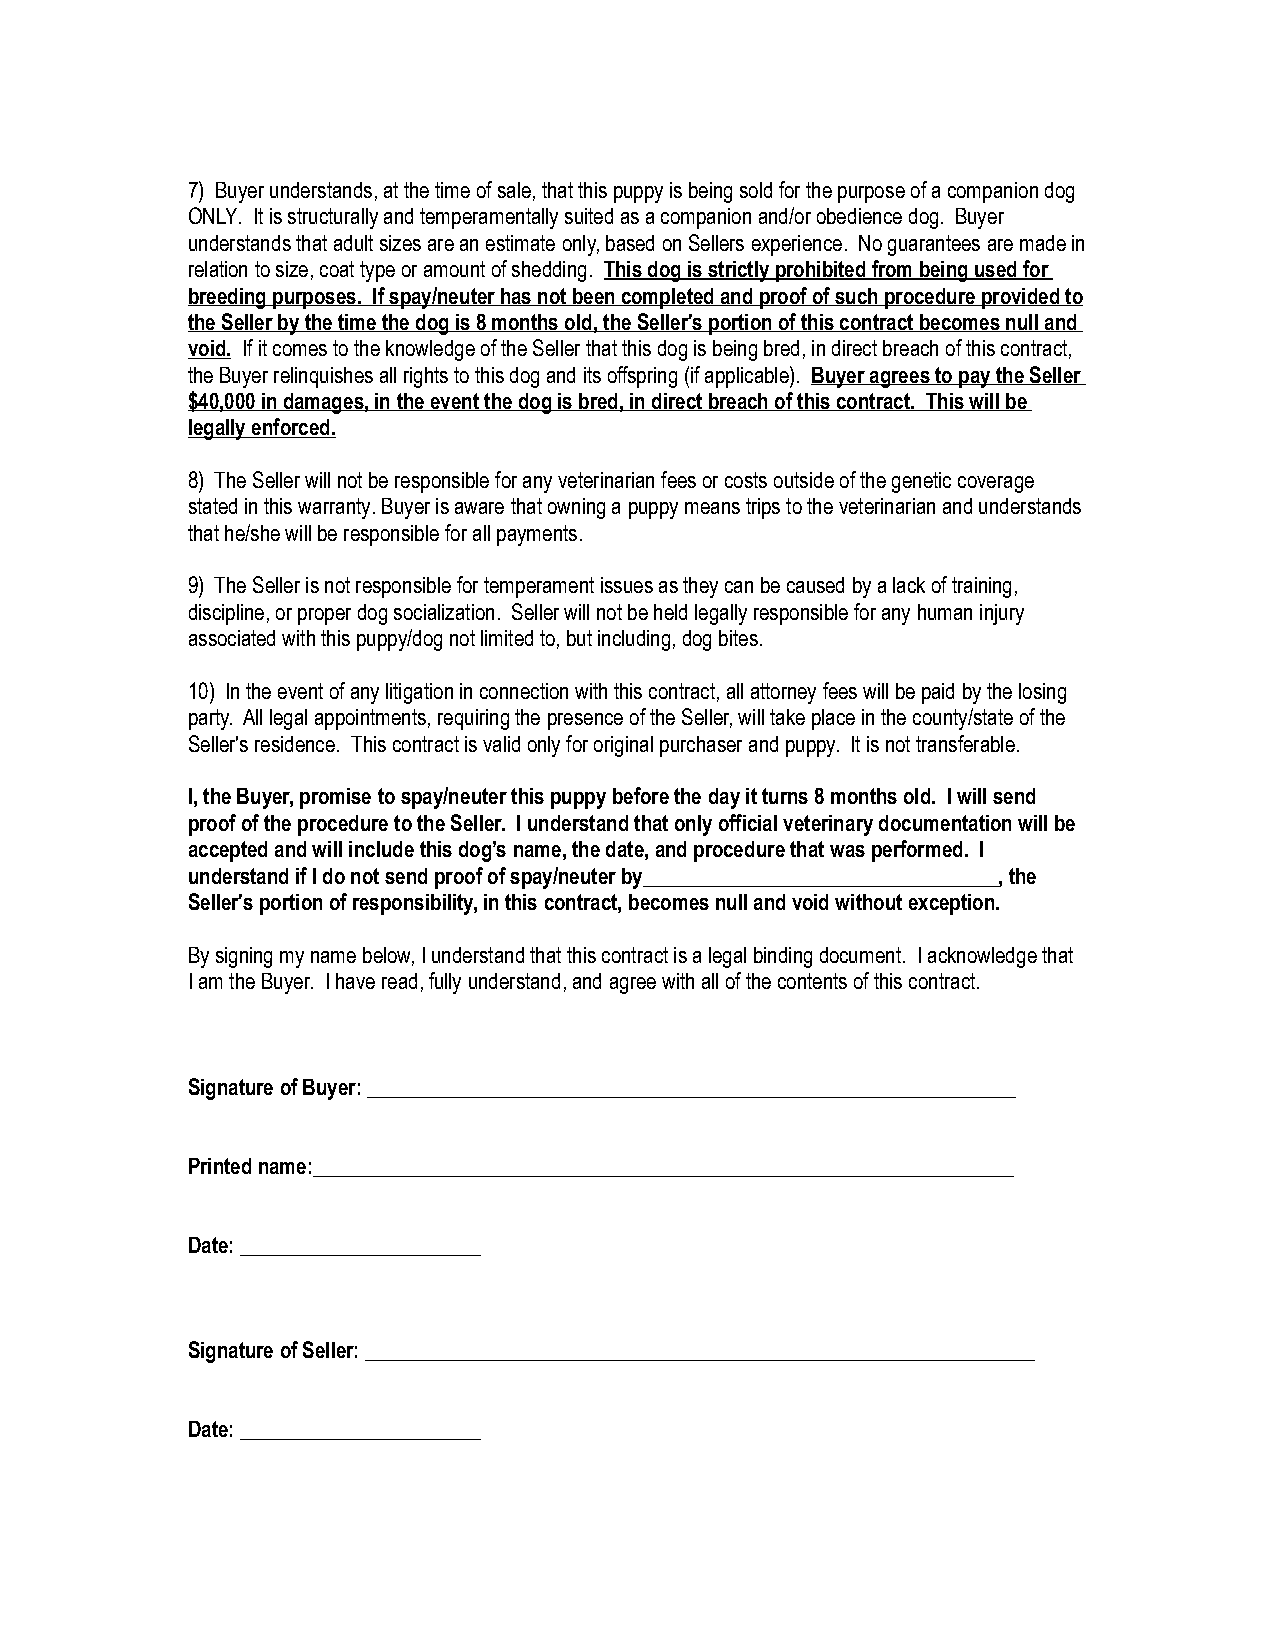
7) Buyer understands, at the time of sale, that this puppy is being sold for the purpose of a companion dog
 ONLY. It is structurally and temperamentally suited as a companion and/or obedience dog. Buyer
 understands that adult sizes are an estimate only, based on Sellers experience. No guarantees are made in
 relation to size, coat type or amount of shedding. This dog is strictly prohibited from being used for
 breeding purposes. If spay/neuter has not been completed and proof of such procedure provided to
 the Seller by the time the dog is 8 months old, the Seller's portion of this contract becomes null and
 void. If it comes to the knowledge of the Seller that this dog is being bred, in direct breach of this contract,
 the Buyer relinquishes all rights to this dog and its offspring (if applicable). Buyer agrees to pay the Seller
 $40,000 in damages, in the event the dog is bred, in direct breach of this contract. This will be
 legally enforced.
 8) The Seller will not be responsible for any veterinarian fees or costs outside of the genetic coverage
 stated in this warranty. Buyer is aware that owning a puppy means trips to the veterinarian and understands
 that he/she will be responsible for all payments.
 9) The Seller is not responsible for temperament issues as they can be caused by a lack of training,
 discipline, or proper dog socialization. Seller will not be held legally responsible for any human injury
 associated with this puppy/dog not limited to, but including, dog bites.
 10) In the event of any litigation in connection with this contract, all attorney fees will be paid by the losing
 party. All legal appointments, requiring the presence of the Seller, will take place in the county/state of the
 Seller's residence. This contract is valid only for original purchaser and puppy. It is not transferable.
 I, the Buyer, promise to spay/neuter this puppy before the day it turns 8 months old. I will send
 proof of the procedure to the Seller. I understand that only official veterinary documentation will be
 accepted and will include this dog’s name, the date, and procedure that was performed. I
 understand if I do not send proof of spay/neuter by__________________________________, the
 Seller's portion of responsibility, in this contract, becomes null and void without exception.
 By signing my name below, I understand that this contract is a legal binding document. I acknowledge that
 I am the Buyer. I have read, fully understand, and agree with all of the contents of this contract.
 Signature of Buyer: ______________________________________________________________
 Printed name:___________________________________________________________________
 Date: _______________________
 Signature of Seller: ________________________________________________________________
 Date: _______________________